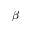
\boldsymbol \beta